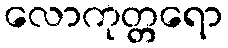
လောကုတ္တရော